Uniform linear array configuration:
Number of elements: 32
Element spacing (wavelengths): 0.25
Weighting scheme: hamming
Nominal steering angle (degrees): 60
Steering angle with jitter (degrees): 60.119
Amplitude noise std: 0.05
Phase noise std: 0.05

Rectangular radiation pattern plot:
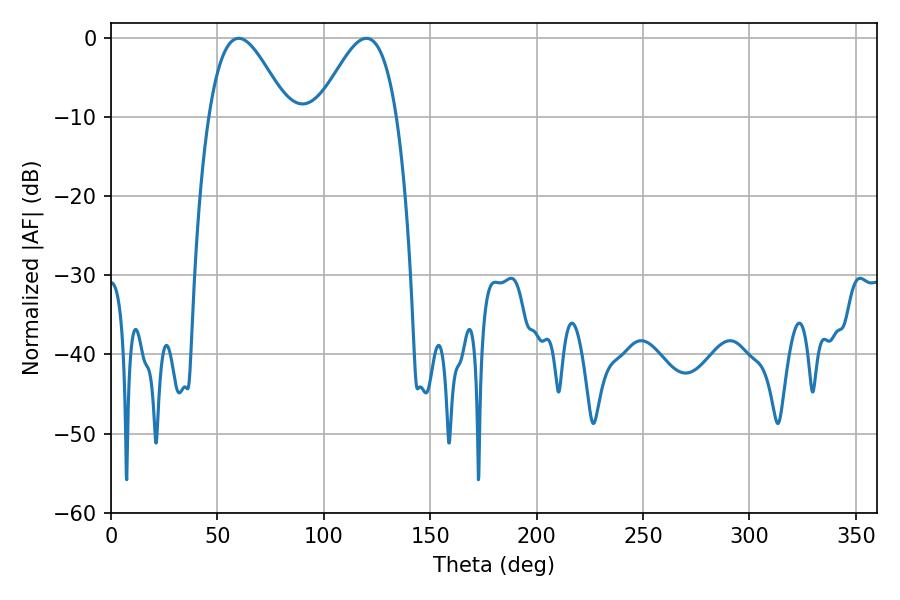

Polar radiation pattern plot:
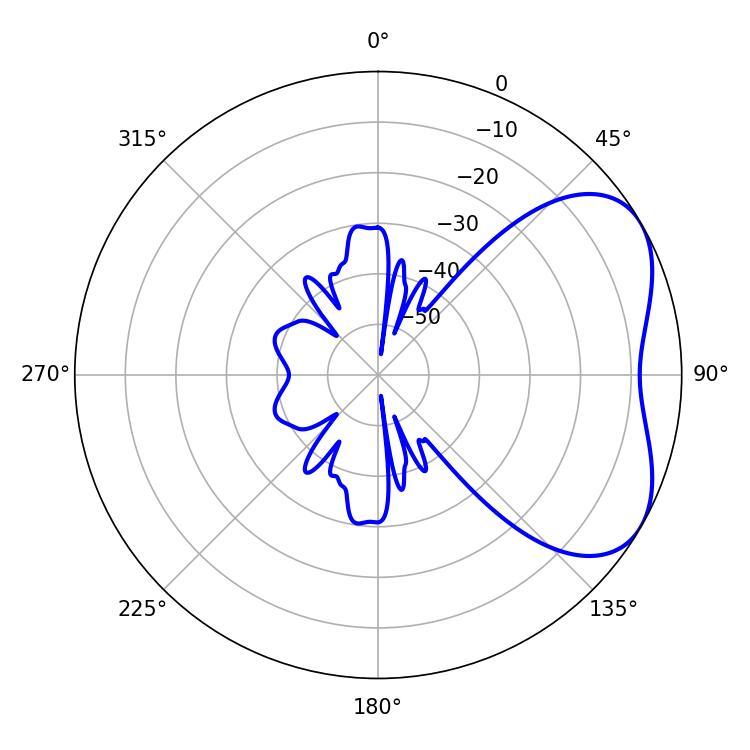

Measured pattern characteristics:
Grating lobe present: FALSE
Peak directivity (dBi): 4.59
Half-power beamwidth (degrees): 19.8
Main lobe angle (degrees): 59.94